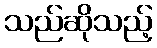
သည်ဆိုသည့်